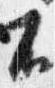
不